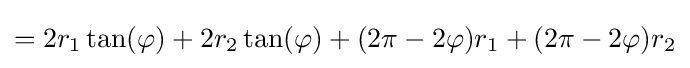
=2r_{1}\tan(\varphi )+2r_{2}\tan(\varphi )+(2\pi -2\varphi )r_{1}+(2\pi -2\varphi )r_{2}\,\!